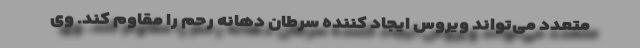
متعدد می‌تواند ویروس ایجاد کننده سرطان دهانه رحم را مقاوم کند. وی